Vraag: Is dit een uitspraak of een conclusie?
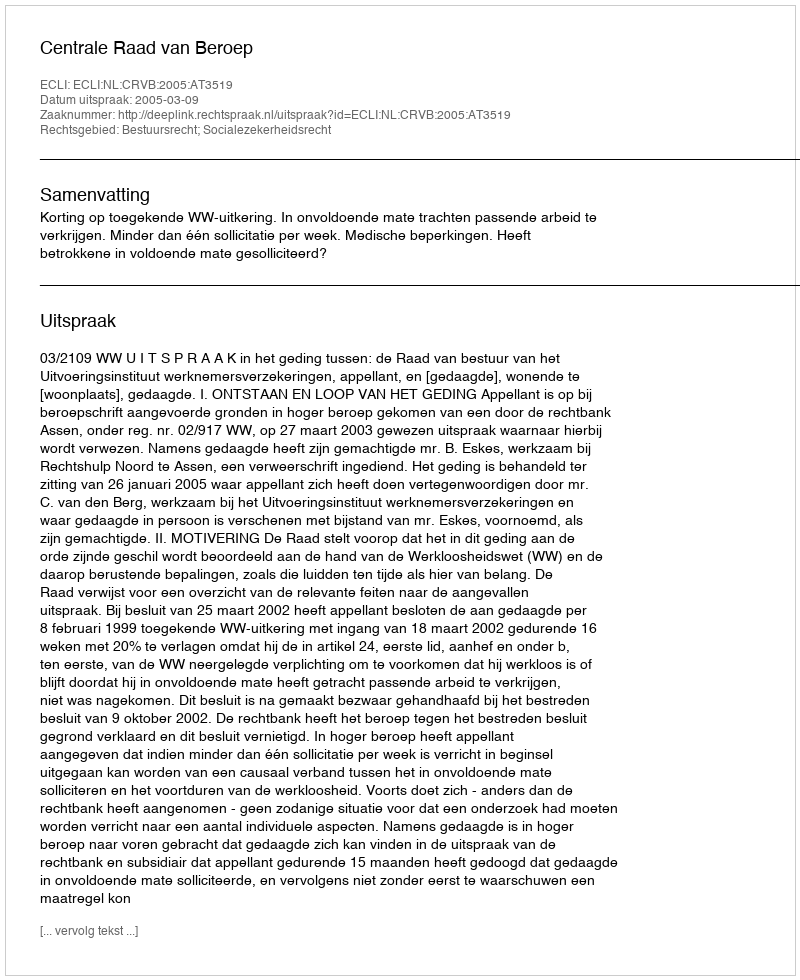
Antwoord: Uitspraak